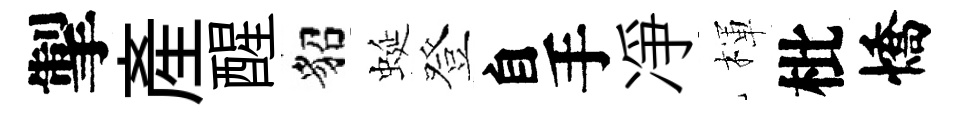
掣産醒貂蜒登自手凈楎枇憍